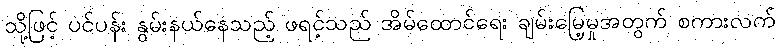
သို့ဖြင့် ပင်ပန်း နွမ်းနယ်နေသည့် ဖရင့်သည် အိမ်ထောင်ရေး ချမ်းမြေ့မှုအတွက် စကားလက်